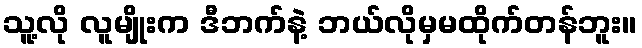
သူ့လို လူမျိုးက ဒီဘက်နဲ့ ဘယ်လိုမှမထိုက်တန်ဘူး။